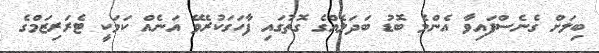
ބިލަށް ގެނެސްފައިވާ އެންމެ ބޮޑު ބަދަލެއްގެ ގޮތުގައި ފާހަގަކުރެވޭ އަނެއް ކަމަކީ ޓެރަރިޒަމްގެ